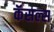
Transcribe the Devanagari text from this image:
कॅसल्स